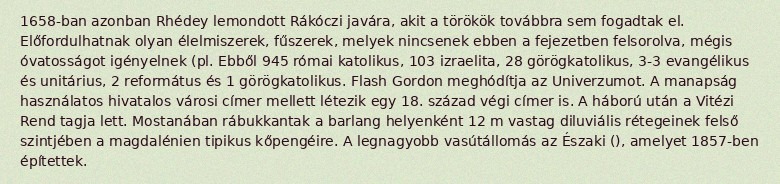
1658-ban azonban Rhédey lemondott Rákóczi javára, akit a törökök továbbra sem fogadtak el. Előfordulhatnak olyan élelmiszerek, fűszerek, melyek nincsenek ebben a fejezetben felsorolva, mégis óvatosságot igényelnek (pl. Ebből 945 római katolikus, 103 izraelita, 28 görögkatolikus, 3-3 evangélikus és unitárius, 2 református és 1 görögkatolikus. Flash Gordon meghódítja az Univerzumot. A manapság használatos hivatalos városi címer mellett létezik egy 18. század végi címer is. A háború után a Vitézi Rend tagja lett. Mostanában rábukkantak a barlang helyenként 12 m vastag diluviális rétegeinek felső szintjében a magdalénien tipikus kőpengéire. A legnagyobb vasútállomás az Északi (), amelyet 1857-ben építettek.